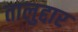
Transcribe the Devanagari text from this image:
तालुद्दार